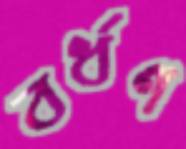
বর্ধণ